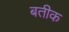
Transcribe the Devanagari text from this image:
बतीक